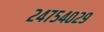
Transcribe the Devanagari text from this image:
२४७५४०२९